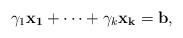
\begin{align*} \gamma_{1}\mathbf{x_1} + \dots + \gamma_{k}\mathbf{x_k} = \mathbf{b},\end{align*}